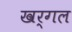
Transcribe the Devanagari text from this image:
खर्गल